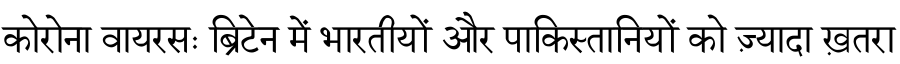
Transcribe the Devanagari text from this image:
कोरोना वायरसः ब्रिटेन में भारतीयों और पाकिस्तानियों को ज़्यादा ख़तरा